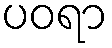
ပဝရာ